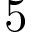
5